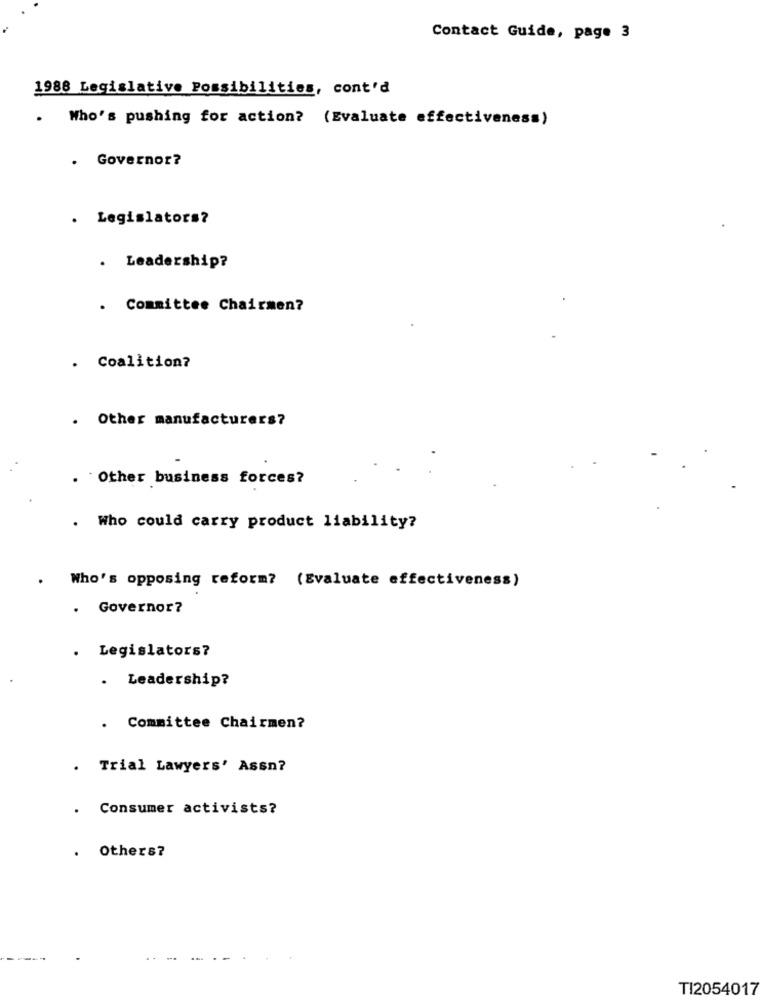
Contact Guide, page 3
1988 Legislative Possibilities, cont'd
.
Who's pushing for action? (Evaluate effectiveness)
. Governor?
. Legislators?
. Leadership?
. Committee Chairmen?
. Coalition?
.
Other manufacturers?
. Other business forces?
. Who could carry product liability?
Who's opposing reform? (Evaluate effectiveness)
. Governor?
. Legislators?
. Leadership?
. Committee Chairmen?
. Trial Lawyers' Assn?
. Consumer activists?
Others?
TI2054017